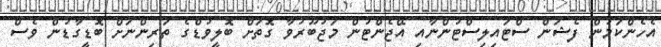
އެހެންކަމުން ފެޝަން ސްޓައިލިސްޓުންނާއި އޭޖެންޓުން މަޖުބޫރުވާ ގޮތަށް ބޮލީވުޑްގެ ތަރިންނަށް ބޮޑީގާޑުން ވެސް